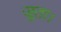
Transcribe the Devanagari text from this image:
जूता।